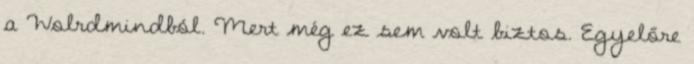
a Wolrdmindból. Mert még ez sem volt biztos. Egyelőre